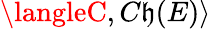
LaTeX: \langleC,C\mathfrak{h}(E)\rangle